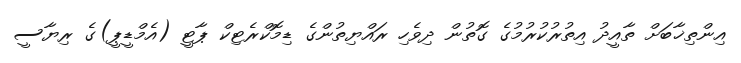
އިންތިޚާބަށް ތާއީދު އިތުރުކުރުމުގެ ގޮތުން ދިވެހި ރައްޔިތުންގެ ޑިމޮކްރެޓިކް ޕާޓީ (އެމްޑީޕީ)ގެ ރިޔާސީ